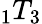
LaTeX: \phantom{}_{1}T_{3}